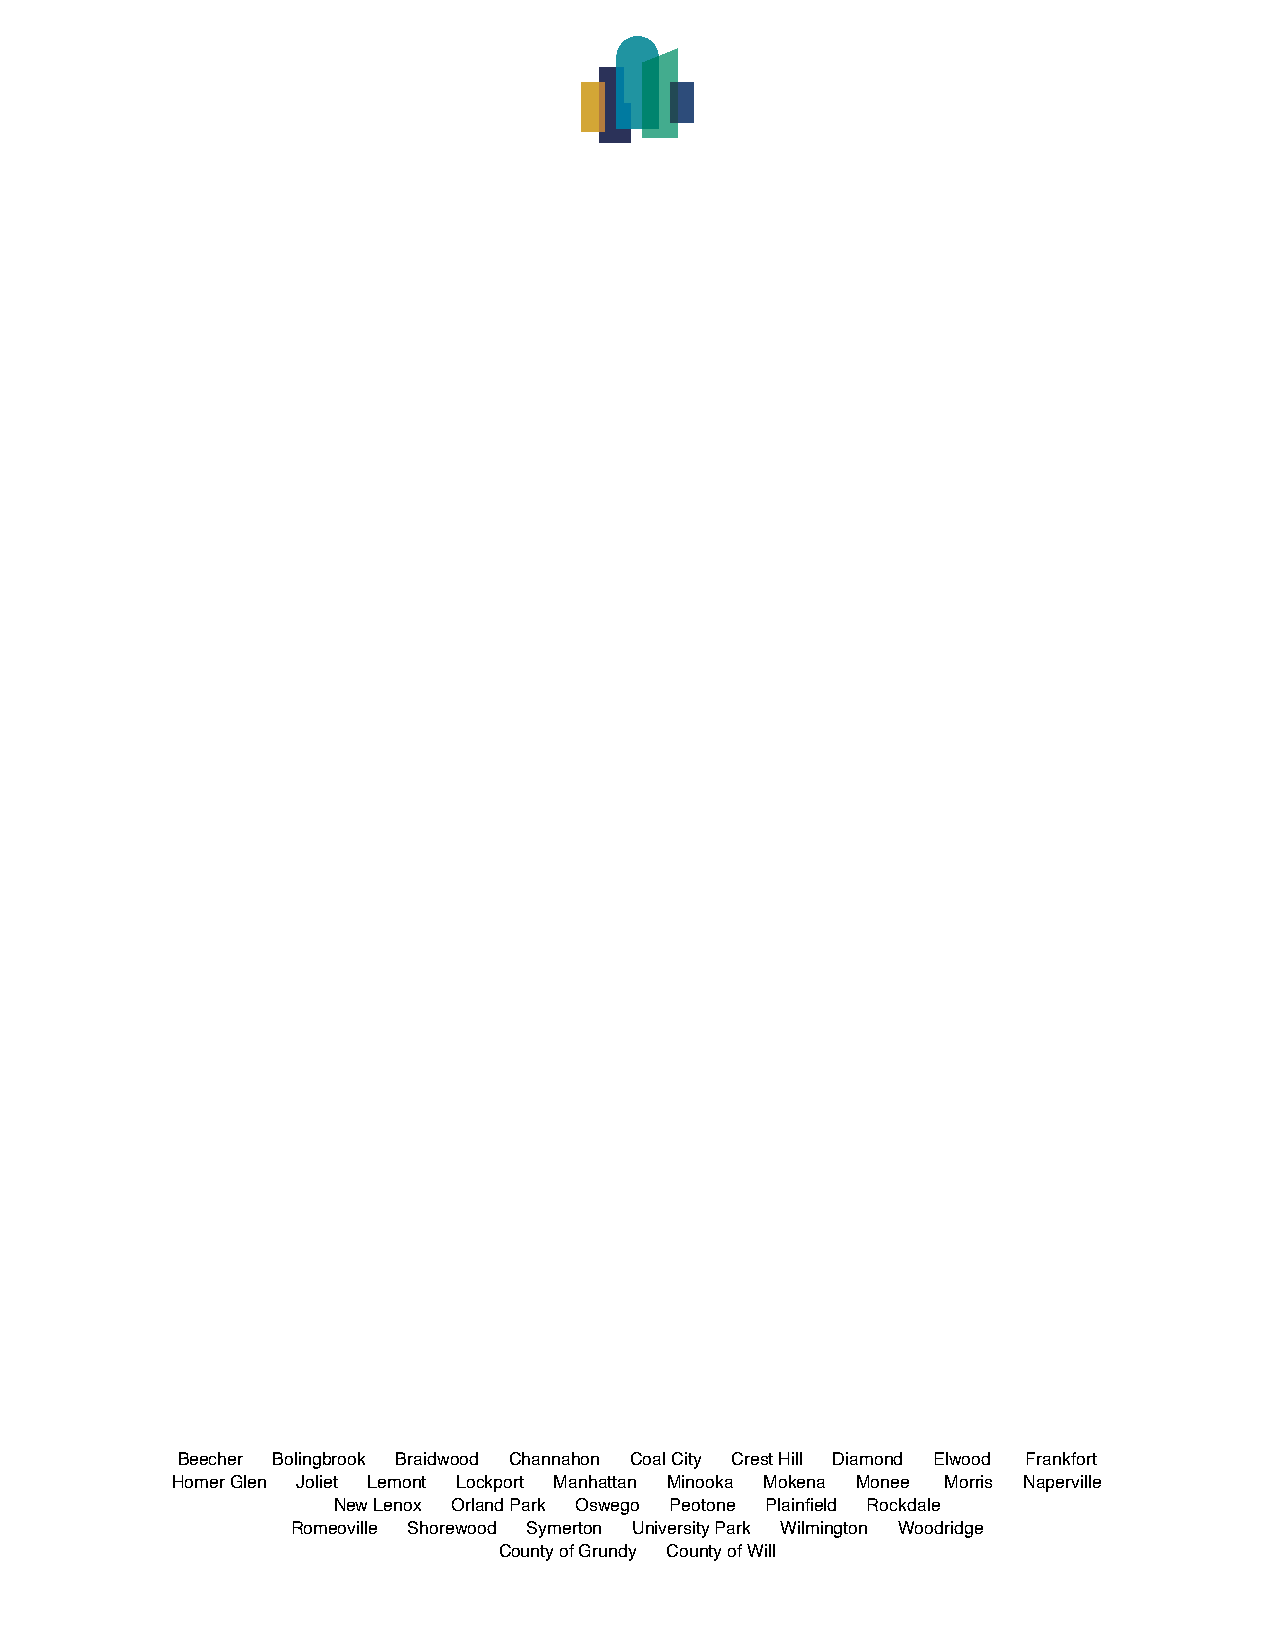
Beecher Bolingbrook Braidwood Channahon Coal City Crest Hill Diamond Elwood Frankfort
 Homer Glen Joliet Lemont Lockport Manhattan Minooka Mokena Monee Morris Naperville
 New Lenox Orland Park Oswego Peotone Plainfield Rockdale
 Romeoville Shorewood Symerton University Park Wilmington Woodridge
 County of Grundy County of Will